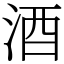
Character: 酒